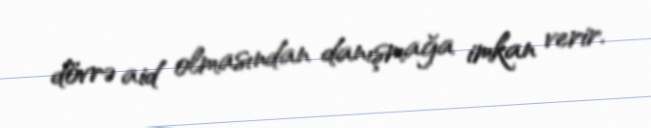
dövrə aid olmasından danışmağa imkan verir.